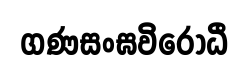
ගණසංඝවිරෝධී